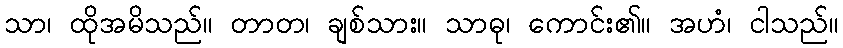
သာ၊ ထိုအမိသည်။ တာတ၊ ချစ်သား။ သာဓု၊ ကောင်း၏။ အဟံ၊ ငါသည်။